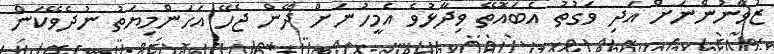
ޒުވާނުންނަށް އަދި ވަގުތު އެބައޮތޭ ވިދާޅުވެ އެމީހުނަށް ދޭން ޖެހޭ އަހަންމިޔަތު ނުދެވޭކަން